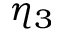
\eta _ { 3 }